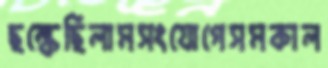
ছল্‌কেছিলামসংযোগেসমকাল